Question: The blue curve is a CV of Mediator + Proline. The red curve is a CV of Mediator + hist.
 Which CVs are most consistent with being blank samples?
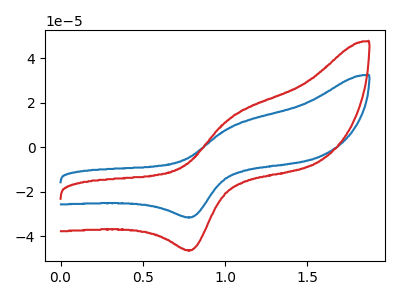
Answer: <think>The blue curve "Mediator + Proline" has an anodic peak at (1.05V, 9.20uA) and a cathodic peak at (0.80V, -31.45uA). The red curve "Mediator + hist" has an anodic peak at (1.05V, 13.55uA) and a cathodic peak at (0.80V, -46.20uA).</think>
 <answer>There are not any CV's on this graph that are likely to be blanks.</answer>
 <eval>none</eval>